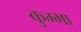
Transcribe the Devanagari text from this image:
कुम्‍भा